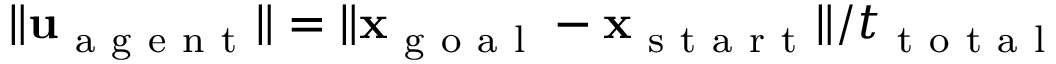
\| \mathbf { u } _ { \mathrm { ~ a ~ g ~ e ~ n ~ t ~ } } \| = \| \mathbf { x } _ { \mathrm { ~ g ~ o ~ a ~ l ~ } } - \mathbf { x } _ { \mathrm { ~ s ~ t ~ a ~ r ~ t ~ } } \| / t _ { \mathrm { ~ t ~ o ~ t ~ a ~ l ~ } }